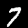
Digit: 7